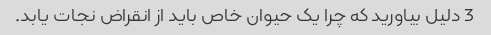
3 دلیل بیاورید که چرا یک حیوان خاص باید از انقراض نجات یابد.